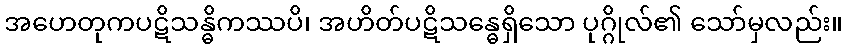
အဟေတုကပဋိသန္ဓိကဿပိ၊ အဟိတ်ပဋိသန္ဓေရှိသော ပုဂ္ဂိုလ်၏ သော်မှလည်း။